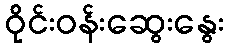
ဝိုင်းဝန်းဆွေးနွေး